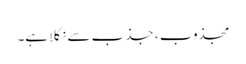
مجذوب ، جذب سے نکلا ہے۔